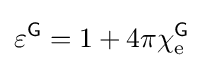
\varepsilon ^{\textsf {G}}=1+4\pi \chi _{\text{e}}^{\textsf {G}}